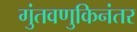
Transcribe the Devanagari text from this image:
गुंतवणुकिनंतर